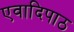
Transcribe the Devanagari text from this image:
एवादिपाठ